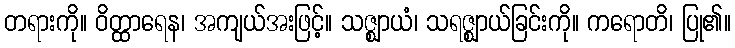
တရားကို။ ဝိတ္ထာရေန၊ အကျယ်အးဖြင့်။ သဇ္ဈာယံ၊ သရဇ္ဈာယ်ခြင်းကို။ ကရောတိ၊ ပြု၏။